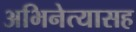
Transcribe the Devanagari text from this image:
अभिनेत्यासह